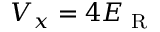
V _ { x } = 4 E _ { \textrm { R } }